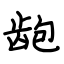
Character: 龅